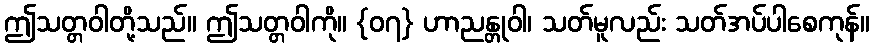
ဤသတ္တဝါတို့သည်။ ဤသတ္တဝါကို။ {၀၇} ဟာညန္တုဝါ၊ သတ်မူလည်း သတ်အပ်ပါစေကုန်။